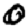
Digit: 0